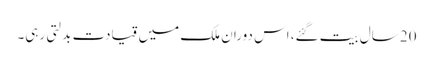
20 سال بیت گئے، اس دوران ملک میں قیادت بدلتی رہی۔